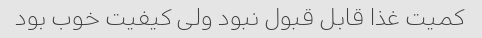
کمیت غذا قابل قبول نبود ولی کیفیت خوب بود